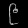
Digit: ၉